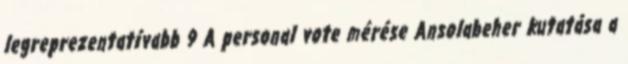
legreprezentatívabb 9 A personal vote mérése Ansolabeher kutatása a